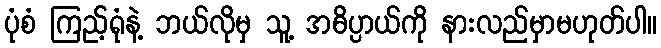
ပုံစံ ကြည့်ရုံနဲ့ ဘယ်လိုမှ သူ့ အဓိပ္ပာယ်ကို နားလည်မှာမဟုတ်ပါ။